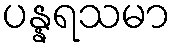
ပန္နရသမာ